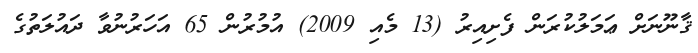
ޤާނޫނަށް ޢަމަލުކުރަން ފެށިއިރު (13 މެއި 2009) އުމުރުން 65 އަހަރުނުވާ ދައުލަތުގެ